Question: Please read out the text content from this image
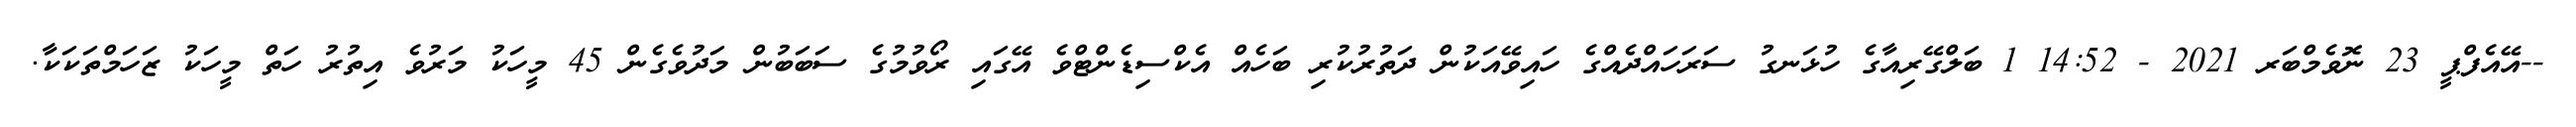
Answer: --އޭއެފްޕީ 23 ނޮވެމްބަރ 2021 - 14:52 1 ބަލްގޭރިއާގެ ހުޅަނގު ސަރަހައްދެއްގެ ހައިވޭއަކުން ދަތުރުކުރި ބަހެއް އެކްސިޑެންޓްވެ އޭގައި ރޯވުމުގެ ސަބަބުން މަދުވެގެން 45 މީހަކު މަރުވެ އިތުރު ހަތް މީހަކު ޒަހަމްތަކަކާ.